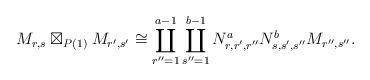
LaTeX: \begin{align*}M_{r,s } \boxtimes_{P(1)}M_{r', s'} \cong \coprod_{r''=1}^{a-1} \coprod_{s''=1}^{b-1} N^a_{r, r', r''}N^b_{s, s', s''} M_{r'', s''}.\end{align*}